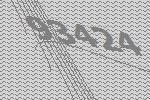
93424